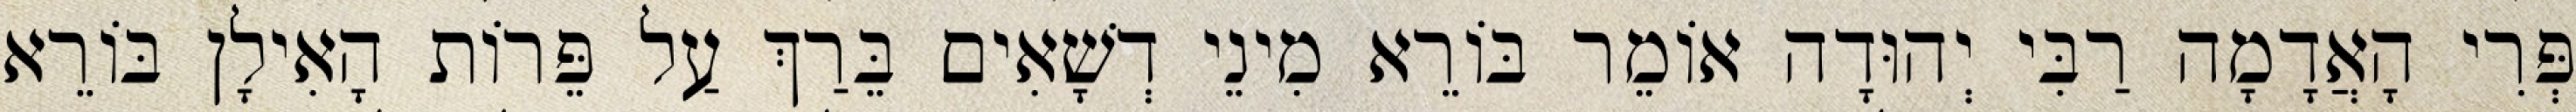
פְּרִי הָאֲדָמָה רַבִּי יְהוּדָה אוֹמֵר בּוֹרֵא מִינֵי דְשָׁאִים בֵּרַךְ עַל פֵּרוֹת הָאִילָן בּוֹרֵא